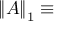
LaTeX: \left\Vert A \right\Vert _ { 1 } \equiv